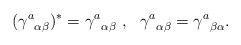
LaTeX: \begin{align*}({\gamma^{a}}_{\alpha\beta})^{\ast}={\gamma^{a}}_{\alpha\beta}\ ,\ \ {\gamma^{a}}_{\alpha\beta}={\gamma^{a}}_{\beta\alpha}.\end{align*}